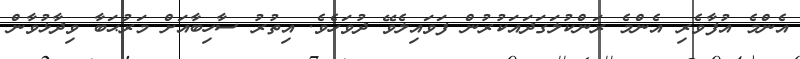
އެންމެ އުފާވެރި އެންމެ ރަންކުލަގަދައަކުރުން ފަވައިލެވޭ ދުވަހެވެ. އިތުރު ސާހިބާއަށް މަރުޙަބާ ވިދާޅުވާން